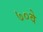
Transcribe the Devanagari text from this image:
७०वे